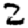
Digit: 2